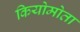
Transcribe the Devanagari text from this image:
कियोमोता